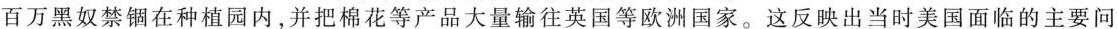
百万黑奴禁锢在种植园内，并把棉花等产品大量输往英国等欧洲国家。这反映出当时美国面临的主要问